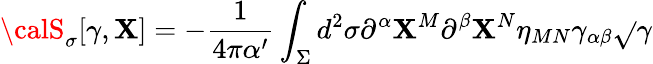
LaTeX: {\calS}_{\sigma}[\gamma,\mathbf{X}]=-\frac{{1}}{{4\pi\alpha^{\prime}}}\int_{\Sigma}d^{2}\sigma\partial^{\alpha}\mathbf{X}^{M}\partial^{\beta}\mathbf{X}^{N}\eta_{MN}\gamma_{\alpha\beta}\sqrt{}{{\gamma}}